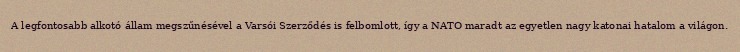
A legfontosabb alkotó állam megszűnésével a Varsói Szerződés is felbomlott, így a NATO maradt az egyetlen nagy katonai hatalom a világon.